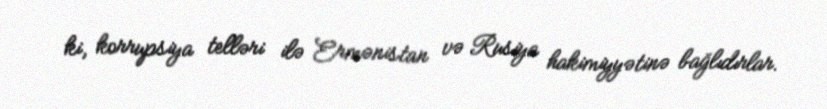
ki, korrupsiya telləri ilə Ermənistan və Rusiya hakimiyyətinə bağlıdırlar.